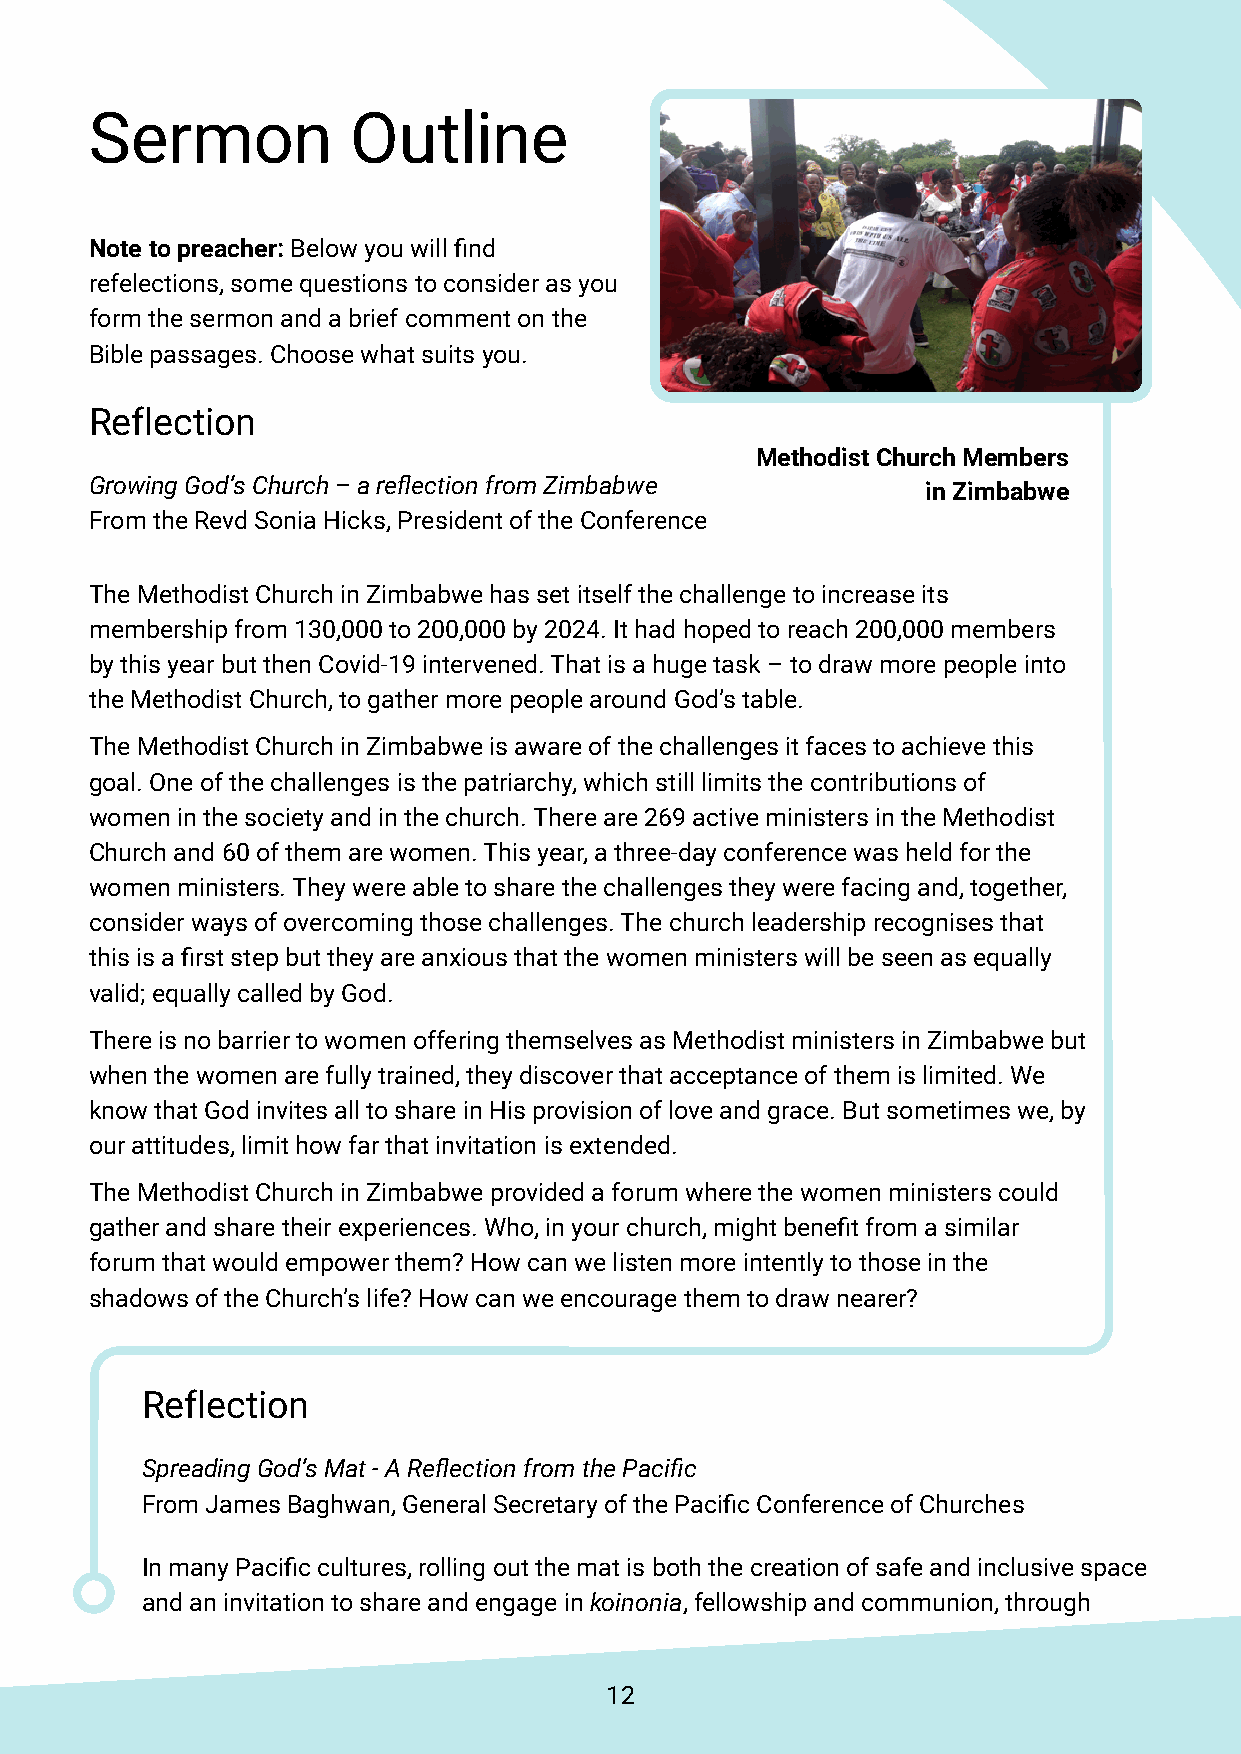
Sermon           Outline
 Note to preacher: Below you will find
 refelections, some questions to consider as you
 form the sermon and a brief comment on the
 Bible passages. Choose what suits you.
 Reflection
 Methodist Church Members
 Growing God’s Church – a reflection from Zimbabwe      in Zimbabwe
 From the Revd Sonia Hicks, President of the Conference
 The Methodist Church in Zimbabwe has set itself the challenge to increase its
 membership from 130,000 to 200,000 by 2024. It had hoped to reach 200,000 members
 by this year but then Covid-19 intervened. That is a huge task – to draw more people into
 the Methodist Church, to gather more people around God’s table.
 The Methodist Church in Zimbabwe is aware of the challenges it faces to achieve this
 goal. One of the challenges is the patriarchy, which still limits the contributions of
 women in the society and in the church. There are 269 active ministers in the Methodist
 Church and 60 of them are women. This year, a three-day conference was held for the
 women ministers. They were able to share the challenges they were facing and, together,
 consider ways of overcoming those challenges. The church leadership recognises that
 this is a first step but they are anxious that the women ministers will be seen as equally
 valid; equally called by God.
 There is no barrier to women offering themselves as Methodist ministers in Zimbabwe but
 when the women are fully trained, they discover that acceptance of them is limited. We
 know that God invites all to share in His provision of love and grace. But sometimes we, by
 our attitudes, limit how far that invitation is extended.
 The Methodist Church in Zimbabwe provided a forum where the women ministers could
 gather and share their experiences. Who, in your church, might benefit from a similar
 forum that would empower them? How can we listen more intently to those in the
 shadows of the Church’s life? How can we encourage them to draw nearer?
 Reflection
 Spreading God’s Mat - A Reflection from the Pacific
 From James Baghwan, General Secretary of the Pacific Conference of Churches
 In many Pacific cultures, rolling out the mat is both the creation of safe and inclusive space
 and an invitation to share and engage in koinonia, fellowship and communion,through
 12